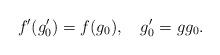
LaTeX: \begin{align*}f'(g'_0)=f(g_0),\quad g'_0=gg_0. \end{align*}